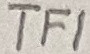
Text: TF1